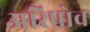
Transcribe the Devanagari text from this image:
अरिपोव